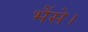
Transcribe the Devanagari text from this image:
भैंसे।